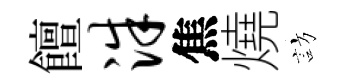
饘洙焦燒訪